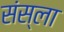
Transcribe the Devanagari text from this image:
संस्ला